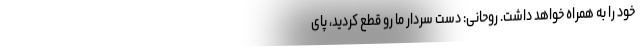
خود را به همراه خواهد داشت. روحانی: دست سردار ما رو قطع کردید، پای